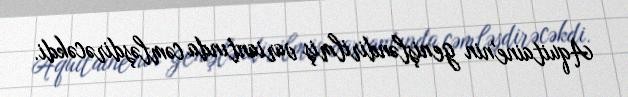
Aquitaine'nin genişləndirilmiş variantında cəmləşdirəcəkdi.